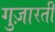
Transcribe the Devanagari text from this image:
गुज़ारती